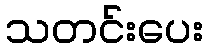
သတင်းပေး